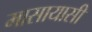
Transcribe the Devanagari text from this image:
मासायासी